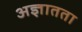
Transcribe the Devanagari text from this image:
अज्ञातता